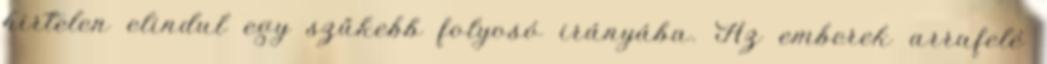
hirtelen elindul egy szűkebb folyosó irányába. Az emberek arrafelé